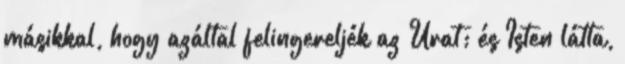
másikkal, hogy azáltal felingereljék az Urat; és Isten látta,